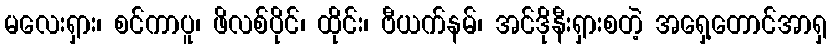
မလေးရှား၊ စင်ကာပူ၊ ဖိလစ်ပိုင်၊ ထိုင်း၊ ဗီယက်နမ်၊ အင်ဒိုနီးရှားစတဲ့ အရှေ့တောင်အာရှ